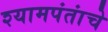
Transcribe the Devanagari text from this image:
श्यामपंतांचे